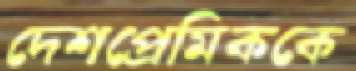
দেশপ্রেমিককে